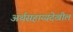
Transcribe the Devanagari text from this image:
अर्थसहाय्यदेखील